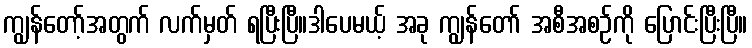
ကျွန်တော့်အတွက် လက်မှတ် ရပြီးပြီ။ဒါပေမယ့် အခု ကျွန်တော် အစီအစဉ်ကို ပြောင်းပြီးပြီ။